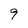
Character: 9